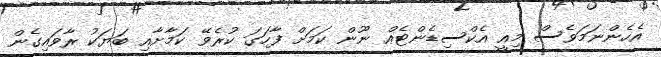
އެހެންނަމަވެސް މިއީ އެކްސިޑެންޓެއް ނޫން ކަމަށް ފާހަގަ ކުރެވޭ ކަމާށާއި ބަޔަކު ރާވައިގެން